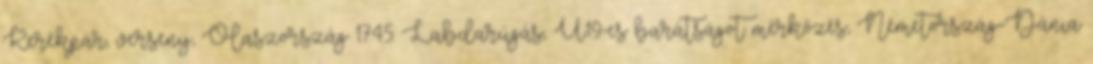
Kerékpár, verseny, Olaszország 17.45: Labdarúgás, U19-es barátságot mérkőzés, Németország-Dánia